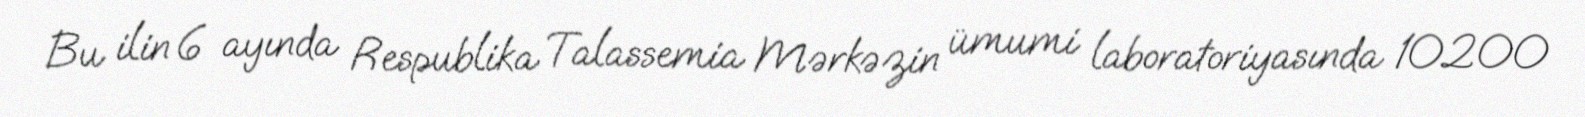
Bu ilin 6 ayında Respublika Talassemia Mərkəzin ümumi laboratoriyasında 10200